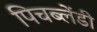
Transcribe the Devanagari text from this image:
पिचब्लेंडी